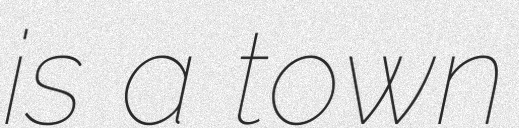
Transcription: is a town